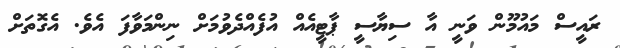
ރައީސް މައުމޫން ވަނީ އާ ސިޔާސީ ޕާޓީއެއް އުފެއްދެވުމަށް ނިންމަވާފަ އެވެ. އެގޮތަށް